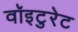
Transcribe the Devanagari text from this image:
वॉइटुरेट